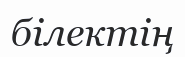
білектің